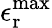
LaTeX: \epsilon_{\mathrm{r}}^{\mathrm{max}}